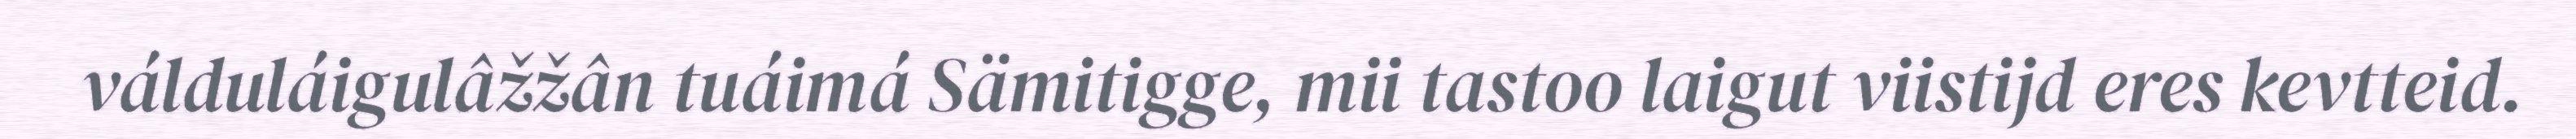
válduláigulâžžân tuáimá Sämitigge, mii tastoo laigut viistijd eres kevtteid.